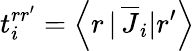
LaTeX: t_{i}^{rr^{\prime}}=\left\langle r\, |\, \overline{{J}}_{i}|r^{\prime}\right\rangle